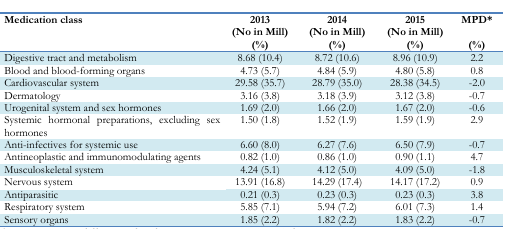
| Medication class | 2013 (No in Mill)(%) | 2014 (No in Mill)(%) | 2015 (No in Mill)(%) | MPD*(%) |
 | --- | --- | --- | --- | --- |
 | Digestive tract and metabolism | 8.68 (10.4) | 8.72 (10.6) | 8.96 (10.9) | 2.2 |
 | Blood and blood-forming organs | 4.73 (5.7) | 4.84 (5.9) | 4.80 (5.8) | 0.8 |
 | Cardiovascular system | 29.58 (35.7) | 28.79 (35.0) | 28.38 (34.5) | −2.0 |
 | Dermatology | 3.16 (3.8) | 3.18 (3.9) | 3.12 (3.8) | −0.7 |
 | Urogenital system and sex hormones | 1.69 (2.0) | 1.66 (2.0) | 1.67 (2.0) | −0.6 |
 | Systemic hormonal preparations, excluding sex hormones | 1.50 (1.8) | 1.52 (1.9) | 1.59 (1.9) | 2.9 |
 | Anti-infectives for systemic use | 6.60 (8.0) | 6.27 (7.6) | 6.50 (7.9) | −0.7 |
 | Antineoplastic and immunomodulating agents | 0.82 (1.0) | 0.86 (1.0) | 0.90 (1.1) | 4.7 |
 | Musculoskeletal system | 4.24 (5.1) | 4.12 (5.0) | 4.09 (5.0) | −1.8 |
 | Nervous system | 13.91 (16.8) | 14.29 (17.4) | 14.17 (17.2) | 0.9 |
 | Antiparasitic | 0.21 (0.3) | 0.23 (0.3) | 0.23 (0.3) | 3.8 |
 | Respiratory system | 5.85 (7.1) | 5.94 (7.2) | 6.01 (7.3) | 1.4 |
 | Sensory organs | 1.85 (2.2) | 1.82 (2.2) | 1.83 (2.2) | −0.7 |